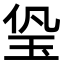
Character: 㺸